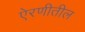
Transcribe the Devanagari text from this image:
ऐरणीतील